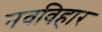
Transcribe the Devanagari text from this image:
नवविहार